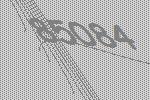
85084